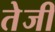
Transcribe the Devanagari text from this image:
तेेजी